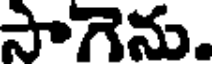
సాగెను.